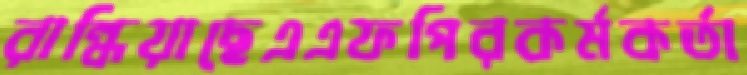
রান্ধিয়াছেএএফপিরকর্মকর্তা